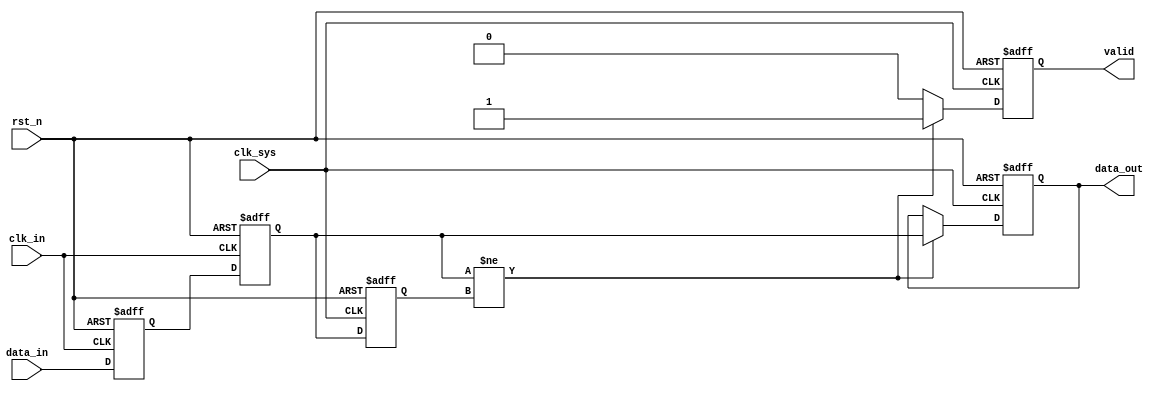
module async_to_sync_converter (
    input  wire       clk_sys,       // System clock
    input  wire       rst_n,         // Active low asynchronous reset
    input  wire       clk_in,        // Asynchronous clock input
    input  wire       data_in,       // Asynchronous data input
    output reg        data_out,      // Synchronized data output
    output reg        valid          // Valid signal indicating when data_out is valid
);

    // Internal signals for synchronizing data
    reg data_sync1, data_sync2;
    reg data_prev;

    // Synchronizer for the asynchronous data input
    always @(posedge clk_in or negedge rst_n) begin
        if (!rst_n) begin
            data_sync1 <= 1'b0;
            data_sync2 <= 1'b0;
        end else begin
            data_sync1 <= data_in;     // Sample the asynchronous data
            data_sync2 <= data_sync1;  // Sample again to reduce metastability
        end
    end

    // Detect change in synchronized data and assert VALID signal
    always @(posedge clk_sys or negedge rst_n) begin
        if (!rst_n) begin
            data_out <= 1'b0;
            valid <= 1'b0;
            data_prev <= 1'b0;
        end else begin
            // Check for change in synchronized data
            if (data_sync2 != data_prev) begin
                data_out <= data_sync2;  // Update output data
                valid <= 1'b1;            // Assert valid signal
            end else begin
                valid <= 1'b0;            // De-assert valid signal if no change
            end
            data_prev <= data_sync2;      // Store previous value for comparison
        end
    end

endmodule